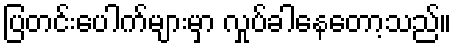
ပြတင်းပေါက်များမှာ လှုပ်ခါနေတော့သည်။